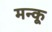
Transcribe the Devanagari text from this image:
मन्कू